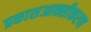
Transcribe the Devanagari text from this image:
प्रकाशआक्सीकरण